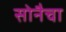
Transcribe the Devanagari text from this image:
सोनैचा